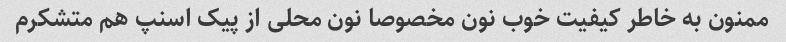
ممنون به خاطر کیفیت خوب نون مخصوصا نون محلی از پیک اسنپ هم متشکرم